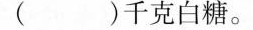
（ ）千克白糖。